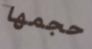
حجمها